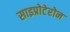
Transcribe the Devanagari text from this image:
साइप्रोटेरोन